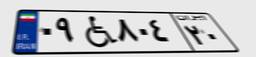
۰۹W۸۰۴۲۰